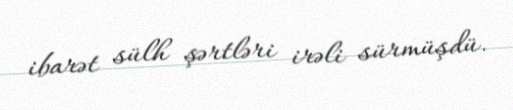
ibarət sülh şərtləri irəli sürmüşdü.